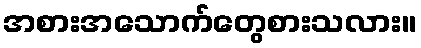
အစားအသောက်တွေစားသလား။